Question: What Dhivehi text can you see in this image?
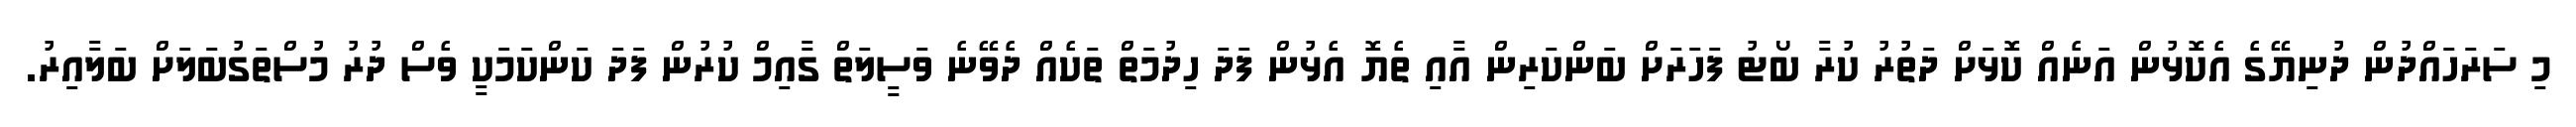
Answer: މި ސަރަހައްދުން ދުނިޔޭގެ އެކޮޅުން އަނެއް ކޮޅަށް ދަތުރު ކުރާ ބޯޓު ފަހަރަށް ބަންކަރިން އާއި ތެޔޮ އެޅުން ފަދަ ހިދުމަތް ތަކެއް ދެވޭނެ ވަސީލަތް ގާއިމް ކުރުން ފަދަ ކަންކަމަކީ ވެސް ދުރު މުސްތަގުބަލަށް ބަލާއިރު.